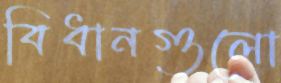
বিধানগুলো